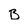
Character: B